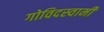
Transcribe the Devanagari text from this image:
गोविदस्वामी